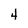
Character: 4